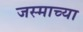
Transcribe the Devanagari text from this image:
जस्माच्या